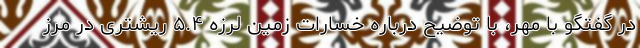
در گفتگو با مهر، با توضیح درباره خسارات زمین لرزه ۵.۴ ریشتری در مرز